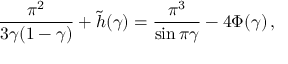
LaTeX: \frac { \pi ^ { 2 } } { 3 \gamma ( 1 - \gamma ) } + \tilde { h } ( \gamma ) = \frac { \pi ^ { 3 } } { \sin \pi \gamma } - 4 \Phi ( \gamma ) \, ,